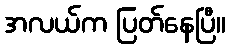
အလယ်က ပြတ်နေပြီ။